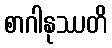
စာဂါနုဿတိ